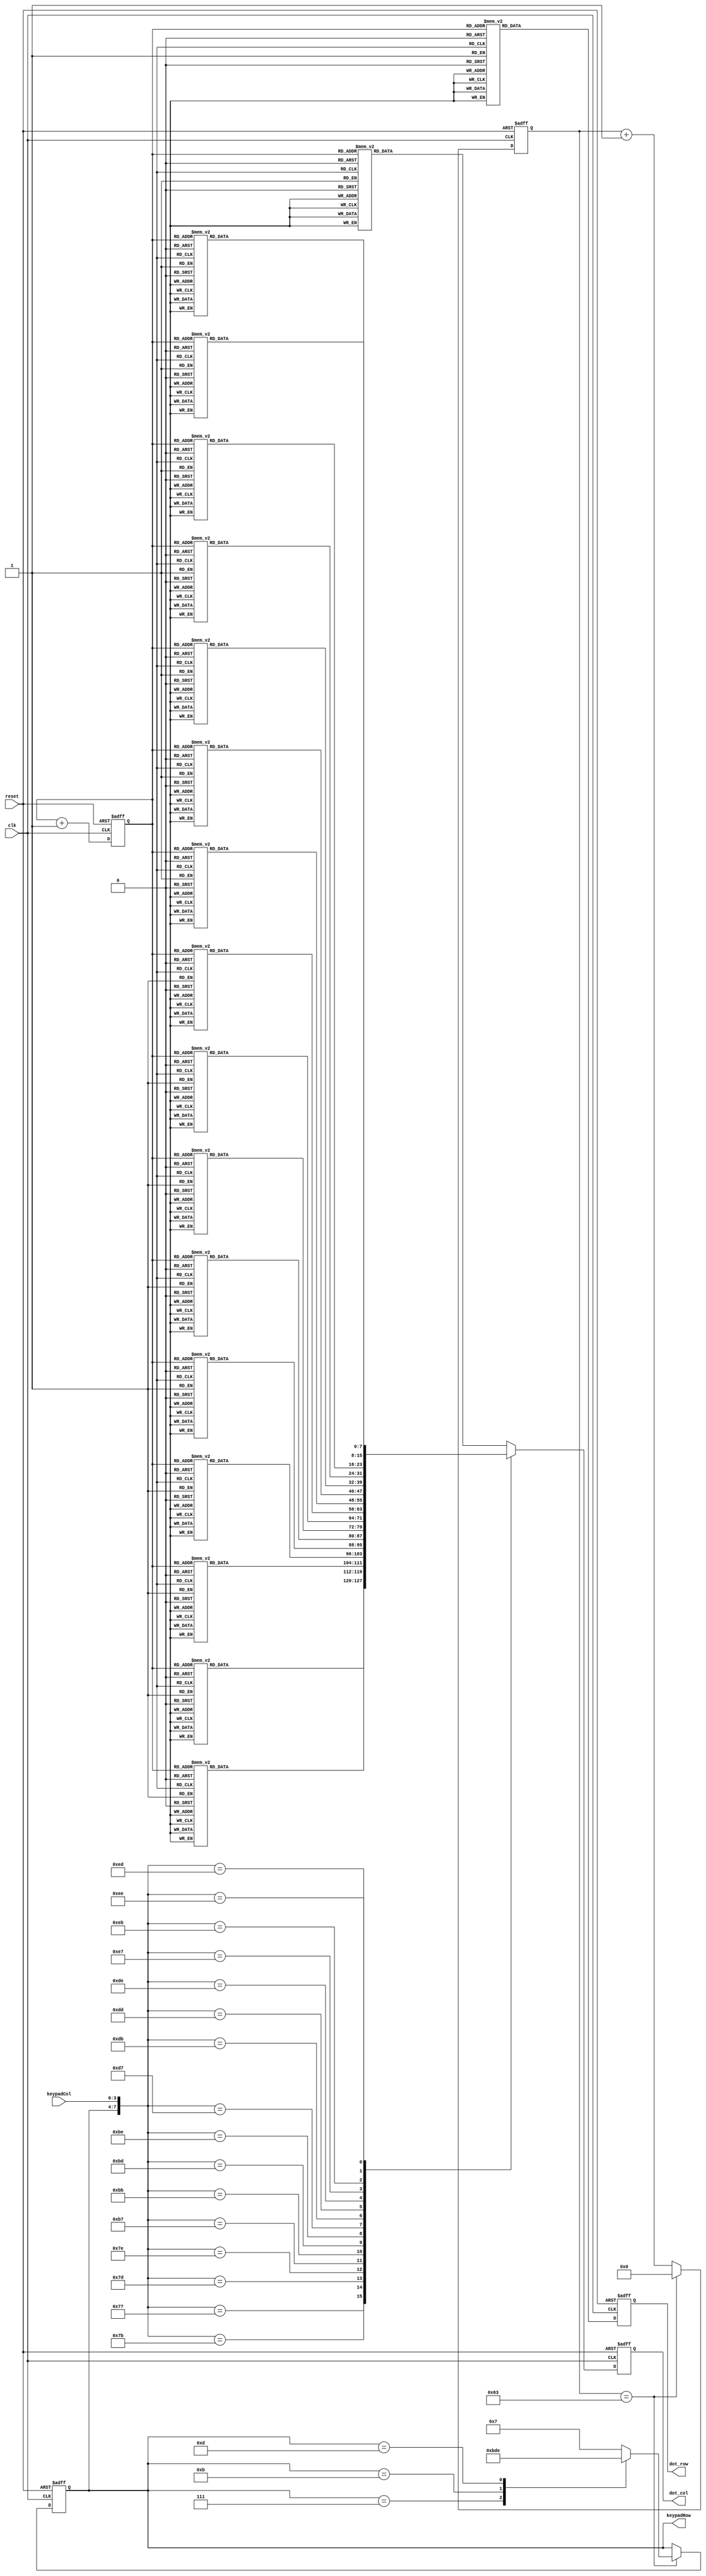
module KeyPad(clk, reset, keypadCol, keypadRow, dot_col, dot_row);
input clk, reset;
input [3:0] keypadCol;
output reg [3:0] keypadRow;
output reg [7:0] dot_col, dot_row;
reg [31:0] keypadDelay;
reg [2:0] row_count;
always@(posedge clk or negedge reset)begin
	if(!reset)begin
		keypadRow <= 4'b0111;
		keypadDelay <= 32'b0;
		row_count <= 3'b000;
		dot_row <= 8'b0;
		dot_col <= 8'b0;
	end
	else begin
		row_count <= row_count+1;
		case(row_count)
			3'd0 : dot_row <= 8'b01111111;
			3'd1 : dot_row <= 8'b10111111;
			3'd2 : dot_row <= 8'b11011111;
			3'd3 : dot_row <= 8'b11101111;
			3'd4 : dot_row <= 8'b11110111;
			3'd5 : dot_row <= 8'b11111011;
			3'd6 : dot_row <= 8'b11111101;
			3'd7 : dot_row <= 8'b11111110;
		endcase
		case({keypadRow, keypadCol})
				8'b0111_0111 : begin
					case(row_count)
					3'd0 : dot_col <= 8'b11000000;
					3'd1 : dot_col <= 8'b11000000;
					3'd2 : dot_col <= 8'b00000000;
					3'd3 : dot_col <= 8'b00000000;
					3'd4 : dot_col <= 8'b00000000;
					3'd5 : dot_col <= 8'b00000000;
					3'd6 : dot_col <= 8'b00000000;
					3'd7 : dot_col <= 8'b00000000;
				endcase
				end
				8'b0111_1011 : begin
					case(row_count)
					3'd0 : dot_col <= 8'b00110000;
					3'd1 : dot_col <= 8'b00110000;
					3'd2 : dot_col <= 8'b00000000;
					3'd3 : dot_col <= 8'b00000000;
					3'd4 : dot_col <= 8'b00000000;
					3'd5 : dot_col <= 8'b00000000;
					3'd6 : dot_col <= 8'b00000000;
					3'd7 : dot_col <= 8'b00000000;
				endcase
				end
				8'b0111_1101 : begin
					case(row_count)
					3'd0 : dot_col <= 8'b00001100;
					3'd1 : dot_col <= 8'b00001100;
					3'd2 : dot_col <= 8'b00000000;
					3'd3 : dot_col <= 8'b00000000;
					3'd4 : dot_col <= 8'b00000000;
					3'd5 : dot_col <= 8'b00000000;
					3'd6 : dot_col <= 8'b00000000;
					3'd7 : dot_col <= 8'b00000000;
				endcase
				end
				8'b0111_1110 : begin
					case(row_count)
					3'd0 : dot_col <= 8'b00000011;
					3'd1 : dot_col <= 8'b00000011;
					3'd2 : dot_col <= 8'b00000000;
					3'd3 : dot_col <= 8'b00000000;
					3'd4 : dot_col <= 8'b00000000;
					3'd5 : dot_col <= 8'b00000000;
					3'd6 : dot_col <= 8'b00000000;
					3'd7 : dot_col <= 8'b00000000;
				endcase
				end
				8'b1011_0111 : begin
					case(row_count)
					3'd0 : dot_col <= 8'b00000000;
					3'd1 : dot_col <= 8'b00000000;
					3'd2 : dot_col <= 8'b11000000;
					3'd3 : dot_col <= 8'b11000000;
					3'd4 : dot_col <= 8'b00000000;
					3'd5 : dot_col <= 8'b00000000;
					3'd6 : dot_col <= 8'b00000000;
					3'd7 : dot_col <= 8'b00000000;
				endcase
				end
				8'b1011_1011 : begin
					case(row_count)
					3'd0 : dot_col <= 8'b00000000;
					3'd1 : dot_col <= 8'b00000000;
					3'd2 : dot_col <= 8'b00110000;
					3'd3 : dot_col <= 8'b00110000;
					3'd4 : dot_col <= 8'b00000000;
					3'd5 : dot_col <= 8'b00000000;
					3'd6 : dot_col <= 8'b00000000;
					3'd7 : dot_col <= 8'b00000000;
				endcase
				end
				8'b1011_1101 : begin
					case(row_count)
					3'd0 : dot_col <= 8'b00000000;
					3'd1 : dot_col <= 8'b00000000;
					3'd2 : dot_col <= 8'b00001100;
					3'd3 : dot_col <= 8'b00001100;
					3'd4 : dot_col <= 8'b00000000;
					3'd5 : dot_col <= 8'b00000000;
					3'd6 : dot_col <= 8'b00000000;
					3'd7 : dot_col <= 8'b00000000;
				endcase
				end
				8'b1011_1110 : begin
					case(row_count)
					3'd0 : dot_col <= 8'b00000000;
					3'd1 : dot_col <= 8'b00000000;
					3'd2 : dot_col <= 8'b00000011;
					3'd3 : dot_col <= 8'b00000011;
					3'd4 : dot_col <= 8'b00000000;
					3'd5 : dot_col <= 8'b00000000;
					3'd6 : dot_col <= 8'b00000000;
					3'd7 : dot_col <= 8'b00000000;
				endcase
				end
				8'b1101_0111 : begin
					case(row_count)
					3'd0 : dot_col <= 8'b00000000;
					3'd1 : dot_col <= 8'b00000000;
					3'd2 : dot_col <= 8'b00000000;
					3'd3 : dot_col <= 8'b00000000;
					3'd4 : dot_col <= 8'b11000000;
					3'd5 : dot_col <= 8'b11000000;
					3'd6 : dot_col <= 8'b00000000;
					3'd7 : dot_col <= 8'b00000000;
				endcase
				end
				8'b1101_1011 : begin
					case(row_count)
					3'd0 : dot_col <= 8'b00000000;
					3'd1 : dot_col <= 8'b00000000;
					3'd2 : dot_col <= 8'b00000000;
					3'd3 : dot_col <= 8'b00000000;
					3'd4 : dot_col <= 8'b00110000;
					3'd5 : dot_col <= 8'b00110000;
					3'd6 : dot_col <= 8'b00000000;
					3'd7 : dot_col <= 8'b00000000;
				endcase
				end
				8'b1101_1101 : begin
					case(row_count)
					3'd0 : dot_col <= 8'b00000000;
					3'd1 : dot_col <= 8'b00000000;
					3'd2 : dot_col <= 8'b00000000;
					3'd3 : dot_col <= 8'b00000000;
					3'd4 : dot_col <= 8'b00001100;
					3'd5 : dot_col <= 8'b00001100;
					3'd6 : dot_col <= 8'b00000000;
					3'd7 : dot_col <= 8'b00000000;
				endcase
				end
				8'b1101_1110 : begin
					case(row_count)
					3'd0 : dot_col <= 8'b00000000;
					3'd1 : dot_col <= 8'b00000000;
					3'd2 : dot_col <= 8'b00000000;
					3'd3 : dot_col <= 8'b00000000;
					3'd4 : dot_col <= 8'b00000011;
					3'd5 : dot_col <= 8'b00000011;
					3'd6 : dot_col <= 8'b00000000;
					3'd7 : dot_col <= 8'b00000000;
				endcase
				end
				8'b1110_0111 : begin
					case(row_count)
					3'd0 : dot_col <= 8'b00000000;
					3'd1 : dot_col <= 8'b00000000;
					3'd2 : dot_col <= 8'b00000000;
					3'd3 : dot_col <= 8'b00000000;
					3'd4 : dot_col <= 8'b00000000;
					3'd5 : dot_col <= 8'b00000000;
					3'd6 : dot_col <= 8'b11000000;
					3'd7 : dot_col <= 8'b11000000;
				endcase
				end
				8'b1110_1011 : begin
					case(row_count)
					3'd0 : dot_col <= 8'b00000000;
					3'd1 : dot_col <= 8'b00000000;
					3'd2 : dot_col <= 8'b00000000;
					3'd3 : dot_col <= 8'b00000000;
					3'd4 : dot_col <= 8'b00000000;
					3'd5 : dot_col <= 8'b00000000;
					3'd6 : dot_col <= 8'b00110000;
					3'd7 : dot_col <= 8'b00110000;
				endcase
				end
				8'b1110_1101 : begin
					case(row_count)
					3'd0 : dot_col <= 8'b00000000;
					3'd1 : dot_col <= 8'b00000000;
					3'd2 : dot_col <= 8'b00000000;
					3'd3 : dot_col <= 8'b00000000;
					3'd4 : dot_col <= 8'b00000000;
					3'd5 : dot_col <= 8'b00000000;
					3'd6 : dot_col <= 8'b00001100;
					3'd7 : dot_col <= 8'b00001100;
				endcase
				end
				8'b1110_1110 : begin
					case(row_count)
					3'd0 : dot_col <= 8'b00000000;
					3'd1 : dot_col <= 8'b00000000;
					3'd2 : dot_col <= 8'b00000000;
					3'd3 : dot_col <= 8'b00000000;
					3'd4 : dot_col <= 8'b00000000;
					3'd5 : dot_col <= 8'b00000000;
					3'd6 : dot_col <= 8'b00000011;
					3'd7 : dot_col <= 8'b00000011;
				endcase
				end
				default : begin
					case(row_count)
					3'd0 : dot_col <= 8'b00000000;
					3'd1 : dot_col <= 8'b00000000;
					3'd2 : dot_col <= 8'b00000000;
					3'd3 : dot_col <= 8'b00000000;
					3'd4 : dot_col <= 8'b00000000;
					3'd5 : dot_col <= 8'b00000000;
					3'd6 : dot_col <= 8'b00000000;
					3'd7 : dot_col <= 8'b00000000;
				endcase
				end
		endcase
		if(keypadDelay == 100 -1)begin
			keypadDelay <= 32'b0;
			case(keypadRow)
				4'b0111 : keypadRow <= 4'b1011;
				4'b1011 : keypadRow <= 4'b1101;
				4'b1101 : keypadRow <= 4'b1110;
				4'b1110 : keypadRow <= 4'b0111;
				default : keypadRow <= 4'b0111;
			endcase
		end
		else begin
			keypadDelay <= keypadDelay+1'b1;
		end
	end
end
endmodule